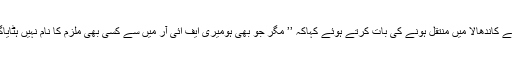
انہوں نے کاندھالا میں منتقل ہونے کی بات کرتے ہوئے کہاکہ ’’ مگر جو بھی ہومیری ایف ائی آر میں سے کسی بھی ملزم کا نام نہیں ہٹایاگیا ہے۔